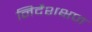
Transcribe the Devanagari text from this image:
निर्देशक्षण